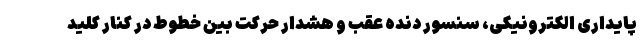
پایداری الکترونیکی، سنسور دنده عقب و هشدار حرکت بین خطوط در کنار کلید